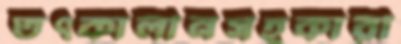
তৎকালীনসহকারী